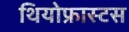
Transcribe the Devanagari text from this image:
थियोफ्रास्टस